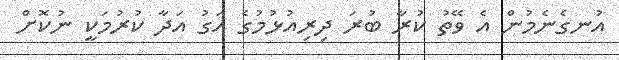
އުނގެނެމުން އެ ވޭތު ކުރާ ބުރަ ދިރިއުޅުމުގެ އަގު އަދާ ކުރުމަކީ ނުކޮށް